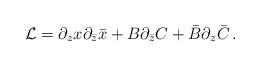
LaTeX: \begin{align*}{\cal L} = \partial_zx\partial_{\bar z}\bar x + B\partial_{\bar z}C + \bar B\partial_z\bar C \, .\end{align*}